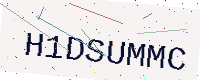
Text: H1DSUMMC